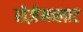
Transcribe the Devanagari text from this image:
रोज़ेनब्लाट